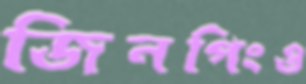
জিনপিংও